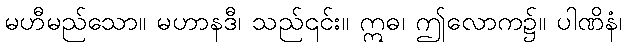
မဟီမည်သော။ မဟာနဒီ၊ သည်၎င်း။ ဣဓ၊ ဤလောက၌။ ပါဏိနံ၊